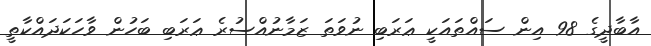
އާބާދީގެ 98 އިން ސައްތައަކީ ޢަރަބި ނުވަތަ ޒަމާނުއްސުރެ ޢަރަބި ބަހުން ވާހަކަދައްކާތީ